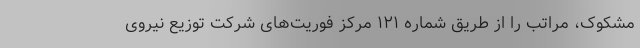
مشکوک، مراتب را از طریق شماره ۱۲۱ مرکز فوریت‌های شرکت توزیع نیروی